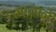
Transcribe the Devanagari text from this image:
मानानें